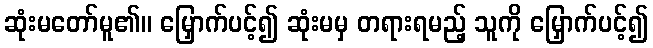
ဆုံးမတော်မူ၏။ မြှောက်ပင့်၍ ဆုံးမမှ တရားရမည့် သူကို မြှောက်ပင့်၍